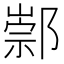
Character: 𨝡